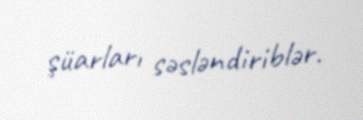
şüarları səsləndiriblər.